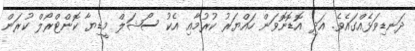
ދަނޑިވަޅެއްގައެވެ. އަދި އޮޑޮނޮވަން ހައްޔަރު ކުރުމާއި އެކު ސޯޝަލް މީޑިޔާ ކޮންޓްރޯލް ކުރަން